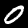
Digit: 0